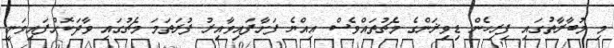
މި މުބާރާތުގައި ފިރިހެން ޑިވިޜަންގެ މެޗުތައްވެސް އިއްޔެ ފަށާފައިވާއިރު ފުރަތަމަ މެޗުގައި ވާދަކޮށްފައިވަނީ